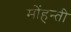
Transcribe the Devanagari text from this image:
मोंहन्ती